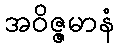
အဝိဇ္ဇမာနံ